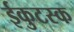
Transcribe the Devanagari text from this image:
ईकुटस्क